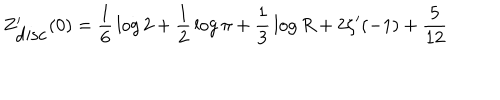
Z _ { \mathrm { d i s c } } ^ { \prime } ( 0 ) = { \frac { 1 } { 6 } } \log 2 + { \frac { 1 } { 2 } } \log \pi + { \frac { 1 } { 3 } } \log R + 2 \zeta ^ { \prime } ( - 1 ) + { \frac { 5 } { 1 2 } }